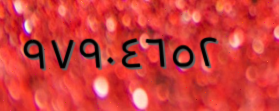
٩٧٩٠٤٦٥٢